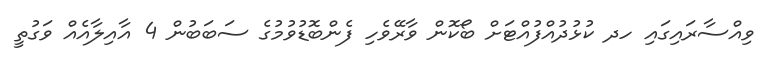
ވިއްސާރައިގައި ހދ ކުޅުދުއްފުއްޓަށް ބޯކޮން ވާރޭވެހި ފެންބޮޑުވުމުގެ ސަބަބުން 4 އާއިލާއެއް ވަގުތީ